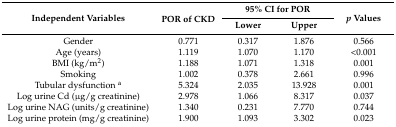
<table><thead><tr><td rowspan="2"><b>Independent Variables</b></td><td rowspan="2"><b>POR of CKD</b></td><td colspan="2"><b>95% CI for POR</b></td><td rowspan="2"><b><i>p</i> Values</b></td></tr><tr><td><b>Lower</b></td><td><b>Upper</b></td></tr></thead><tbody><tr><td>Gender</td><td>0.771</td><td>0.317</td><td>1.876</td><td>0.566</td></tr><tr><td>Age (years)</td><td>1.119</td><td>1.070</td><td>1.170</td><td>&lt;0.001</td></tr><tr><td>BMI (kg/m<sup>2</sup>)</td><td>1.188</td><td>1.071</td><td>1.318</td><td>0.001</td></tr><tr><td>Smoking</td><td>1.002</td><td>0.378</td><td>2.661</td><td>0.996</td></tr><tr><td>Tubular dysfunction <sup>a</sup></td><td>5.324</td><td>2.035</td><td>13.928</td><td>0.001</td></tr><tr><td>Log urine Cd (μg/g creatinine)</td><td>2.978</td><td>1.066</td><td>8.317</td><td>0.037</td></tr><tr><td>Log urine NAG (units/g creatinine)</td><td>1.340</td><td>0.231</td><td>7.770</td><td>0.744</td></tr><tr><td>Log urine protein (mg/g creatinine)</td><td>1.900</td><td>1.093</td><td>3.302</td><td>0.023</td></tr></tbody></table>